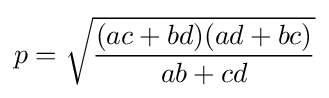
p={\sqrt {\frac {(ac+bd)(ad+bc)}{ab+cd}}}